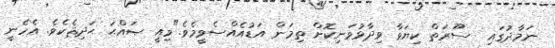
ނަމާދުގައި  ސޫރަތް ކިޔަވާ ވިދާޅުވަނިކޮށް ތިމަން އަޑުއެއްސެވީމެވެ."މިއީ ޞައްޙަ ޙަދިޘެކެވެ. އެހެނީ